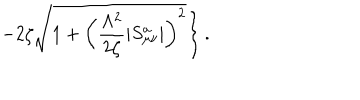
LaTeX: \left. - 2 \zeta \sqrt { 1 + \left( \frac { \Lambda ^ { 2 } } { 2 \zeta } \left| S _ { \mu \nu } ^ { a } \right| \right) ^ { 2 } } \right\} .